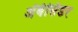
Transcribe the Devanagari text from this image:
अँबॅसिडर